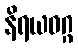
နိရယဝဂ္ဂ